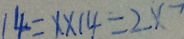
1 4 = x \times 1 4 = 2 x ^ { - }